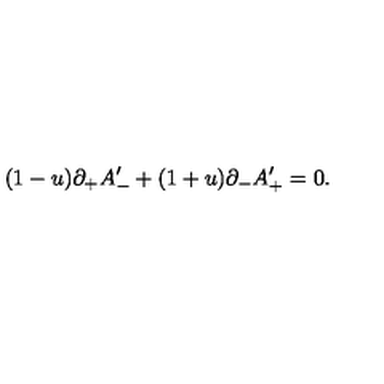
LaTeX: ( 1 - u ) \partial _ { + } A _ { - } ^ { \prime } + ( 1 + u ) \partial _ { - } A _ { + } ^ { \prime } = 0 .